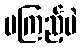
မကြည့်ပဲ